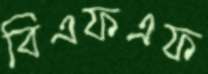
বিএফএফ